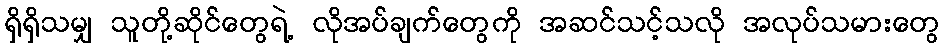
ရှိရှိသမျှ သူတို့ဆိုင်တွေရဲ့ လိုအပ်ချက်တွေကို အဆင်သင့်သလို အလုပ်သမားတွေ